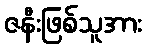
ဇနီးဖြစ်သူအား